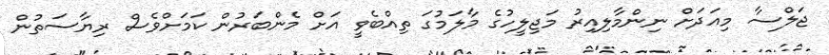
ޖަލްސާ މިއަދަށް ނިންމާލިއިރު މަޖިލީހުގެ މާލަމުގަ ތިއްބެވީ އަށް މެންބަރުން ކަމަށްވެސް ރިޔާސަތުން